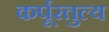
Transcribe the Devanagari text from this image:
कर्पूरतुल्य